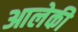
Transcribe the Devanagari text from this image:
आलेकी